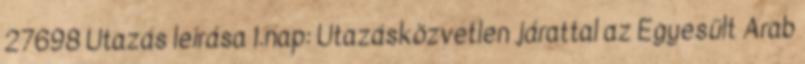
27698 Utazás leírása 1.nap: Utazásközvetlen járattal az Egyesült Arab